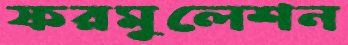
ফরমুলেশন